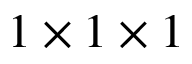
1 \times 1 \times 1